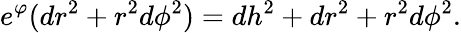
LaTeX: e^{\varphi}(dr^{2}+r^{2}d\phi^{2})=dh^{2}+dr^{2}+r^{2}d\phi^{2}.